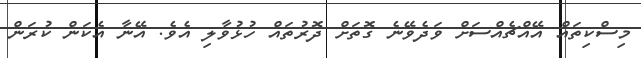
މިސްކިތައް އޭއްޗެއްސަށް ވަދެވޭނެ ގޮތަށް ދޮރުތައް ހުޅުވާލި އެވެ. އޭނާ އެކަން ކުރަން